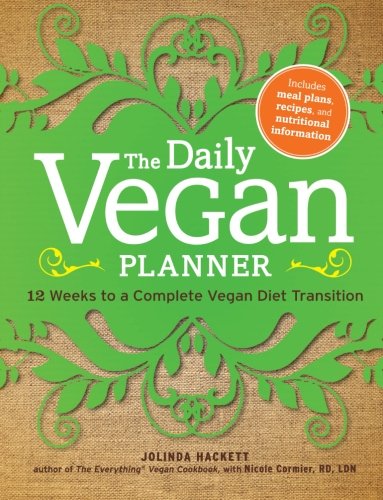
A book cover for The Daily Vegan Planner: Twelve Weeks to a Complete Vegan Diet Transition; Jolinda Hackett; Health, Fitness & Dieting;